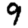
Digit: 9